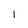
Character: l